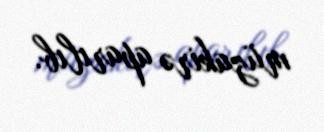
müzakirə aparılıb.